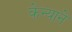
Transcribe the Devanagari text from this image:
केन्याने